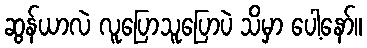
ဆွန်ယာလဲ လူပြောသူပြောပဲ သိမှာ ပေါ့နော်။